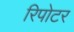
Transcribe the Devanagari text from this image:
रिपोटर